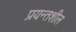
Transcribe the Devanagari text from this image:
प्रयन्तशील